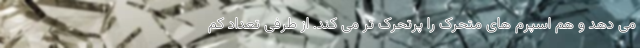
می دهد و هم اسپرم های متحرک را پرتحرک تر می کند. از طرفی تعداد کم